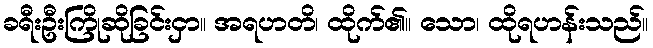
ခရီးဦးကြိုဆိုခြင်းငှာ။ အရဟတိ၊ ထိုက်၏။ သော၊ ထိုရဟန်းသည်။